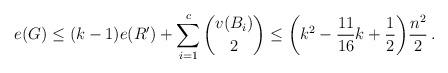
LaTeX: \begin{align*}e(G) \leq (k-1)e(R')+\sum_{i=1}^c \binom{v(B_i)}{2}\leq \bigg(k^2-\frac{11}{16}k+\frac{1}{2}\bigg)\frac{n^2}{2}\,.\end{align*}